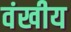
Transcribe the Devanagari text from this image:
वंखीय